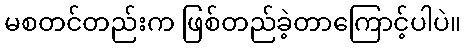
မစတင်တည်းက ဖြစ်တည်ခဲ့တာကြောင့်ပါပဲ။